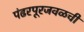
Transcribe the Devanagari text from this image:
पंढरपूरजवळची